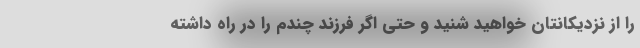
را از نزدیکانتان خواهید شنید و حتی اگر فرزند چندم را در راه داشته